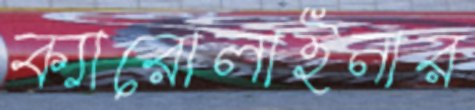
ক্যারোলাইনার